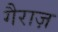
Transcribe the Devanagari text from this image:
गैराज़